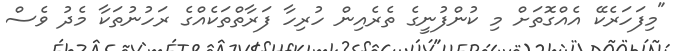
"މިފަހަރެކޭ އެއްގޮތަށް މި ކުންފުނީގެ ތެރެއިން ހުރިހާ ފަރާތްތަކެއްގެ ރަހުނުތަކާ މެދު ވެސް